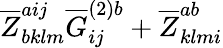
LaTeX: \overline{{{Z}}}_{bklm}^{aij}\overline{{{G}}}_{ij}^{(2)b}+\overline{{{Z}}}_{klmi}^{ab}